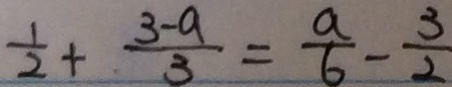
\frac { 1 } { 2 } + \frac { 3 - a } { 3 } = \frac { a } { 6 } - \frac { 3 } { 2 }